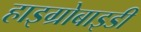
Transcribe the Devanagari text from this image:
हाइग्रोबाइडी